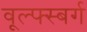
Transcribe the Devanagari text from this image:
वूल्फ्स्बर्ग